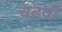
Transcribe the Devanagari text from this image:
चढ़वाँ